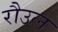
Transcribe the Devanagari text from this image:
रौउल